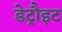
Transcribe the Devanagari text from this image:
डेट्रौइट